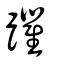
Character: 躣